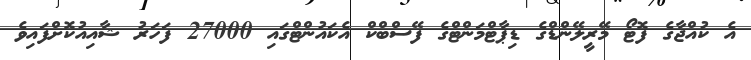
އެ ކުއްޖާގެ ފޮޓޯ މޭރީލޭންޑްގެ ޑިޕާޓްމަންޓްގެ ފޭސްބްކް އެކައުންޓްގައި 27000 ފަހަރު ޝާއިއުކޮށްފައިވެ